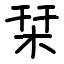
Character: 栞